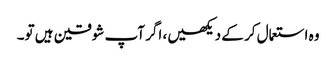
وہ استعمال کر کے دیکھیں، اگر آپ شوقین ہیں تو۔